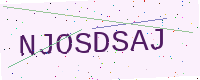
Text: NJOSDSAJ